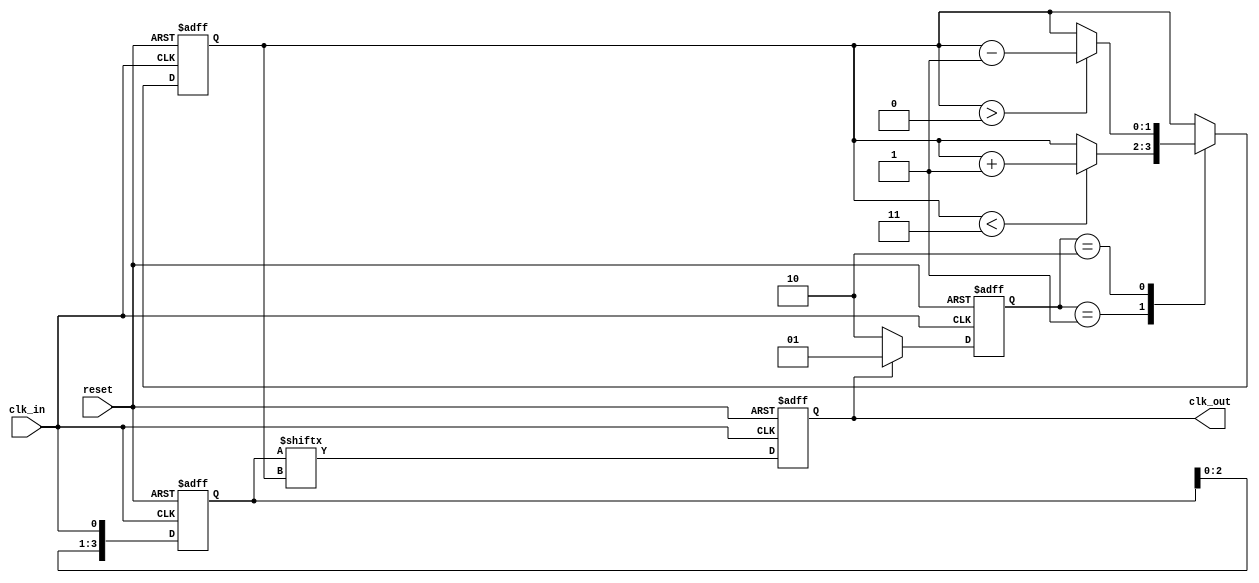
module dll (
    input wire clk_in,          // Input clock signal
    input wire reset,           // Reset signal
    output reg clk_out          // Output delayed clock signal
);
    // Parameters
    parameter DELAY_STAGES = 4; // Number of delay stages
    parameter PHASE_THRESHOLD = 1; // Phase detection threshold

    // Registers and wires
    reg [DELAY_STAGES-1:0] delay_line; // Delay line (array of delay stages)
    reg [1:0] phase_error;              // Phase error signal
    reg [1:0] delay_control;            // Delay control signal
    integer i;

    // Phase Detector Logic
    always @(posedge clk_in or posedge reset) begin
        if (reset) begin
            phase_error <= 2'b00; // Reset phase error
        end else begin
            // Example phase error detection logic
            // Placeholder for actual comparison logic
            if (clk_out) begin
                // If output clock leads input clock
                phase_error <= 2'b01; // Output ahead
            end else begin
                // If output clock lags input clock
                phase_error <= 2'b10; // Output behind
            end
        end
    end

    // Control Logic
    always @(posedge clk_in or posedge reset) begin
        if (reset) begin
            delay_control <= 2'b00; // Reset delay control
        end else begin
            // Adjust delay based on phase error
            case (phase_error)
                2'b01: if (delay_control < DELAY_STAGES-1) delay_control <= delay_control + 1; // Increase delay
                2'b10: if (delay_control > 0) delay_control <= delay_control - 1; // Decrease delay
            endcase
        end
    end

    // Delay Line Implementation
    always @(posedge clk_in or posedge reset) begin
        if (reset) begin
            delay_line <= 0; // Reset delay line
            clk_out <= 0; // Reset output clock
        end else begin
            // Update delay line based on delay control
            delay_line <= {delay_line[DELAY_STAGES-2:0], clk_in}; // Shift right
            clk_out <= delay_line[delay_control]; // Select output based on delay control
        end
    end
    
endmodule